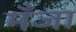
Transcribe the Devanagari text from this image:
मँजा